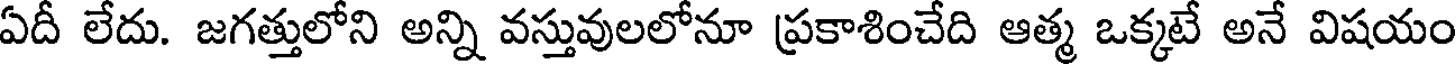
ఏదీ లేదు. జగత్తులోని అన్ని వస్తువులలోనూ ప్రకాశించేది ఆత్మ ఒక్కటే అనే విషయం